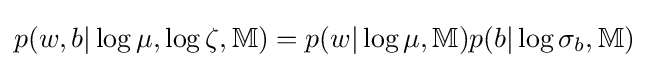
p(w,b|\log \mu ,\log \zeta ,\mathbb {M} )=p(w|\log \mu ,\mathbb {M} )p(b|\log \sigma _{b},\mathbb {M} )